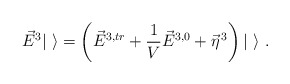
\begin{align*}\vec{E}^3|\ \rangle = \left( \vec{E}^{3,tr} + \frac{1}{V}\vec{E}^{3,0}+ \vec{\eta}^{\,3} \right) | \ \rangle \ .\end{align*}